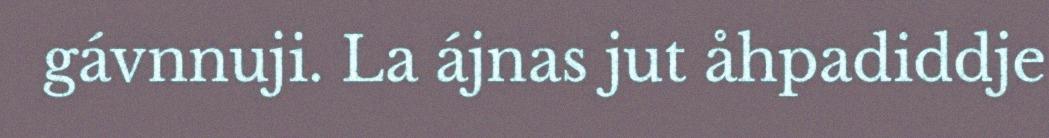
gávnnuji. La ájnas jut åhpadiddje